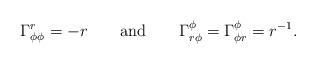
LaTeX: \begin{align*}\Gamma _{\phi \phi }^r=-r\qquad {\rm and}\qquad \Gamma _{r\phi }^\phi=\Gamma _{\phi r}^\phi =r^{-1}.\end{align*}